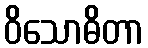
ဝိသောဓိတာ